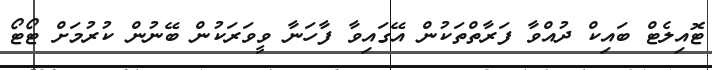
ޓޮއިލެޓް ބައިކް ދުއްވާ ފަރާތްތަކުން އޭގައިވާ ފާހަނާ ވީވަރަކުން ބޭނުން ކުރުމަށް ޓޯޓޯ